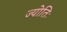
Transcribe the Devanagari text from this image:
ज्योतिः